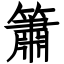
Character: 簫